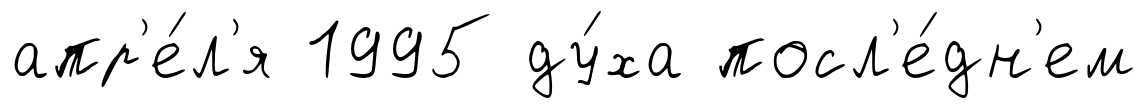
апр'е́л'я 1995 ду́ха посл'е́дн'ем